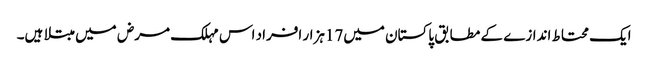
ایک محتاط اندازے کے مطابق پاکستان میں17ہزار افراد اس مہلک مرض میں مبتلا ہیں۔